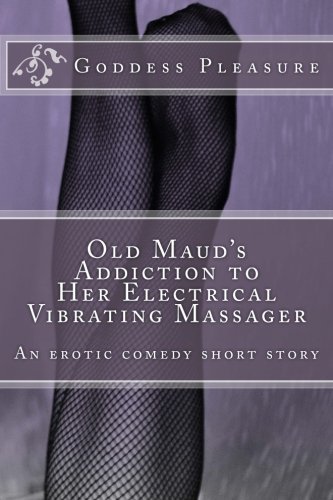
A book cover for Old Maud's Addiction to Her Electrical Vibrating Massager: An erotic comedy short story; Goddess Pleasure; Romance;